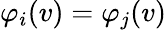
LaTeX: \varphi_{i}(v)=\varphi_{j}(v)